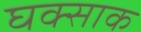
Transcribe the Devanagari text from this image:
घक्साक